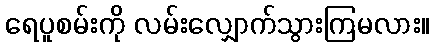
ရေပူစမ်းကို လမ်းလျှောက်သွားကြမလား။